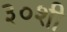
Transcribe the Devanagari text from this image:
३०शी